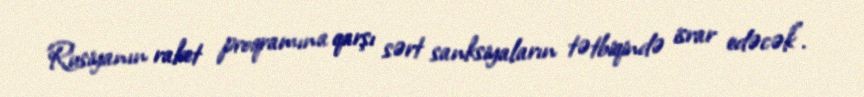
Rusiyanın raket proqramına qarşı sərt sanksiyaların tətbiqində israr edəcək”.